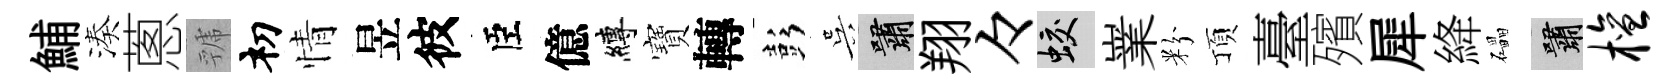
鯆湊蔥虢𥘉情昱彼臣億縛寶轉彭吴嘯翔々蛟嶪粉頂臺殯犀絳礧嘯檀